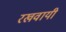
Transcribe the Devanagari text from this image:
रखवायी